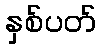
နှစ်ပတ်